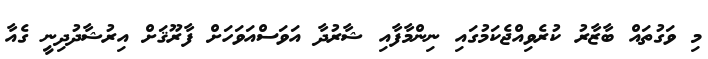
މި ވަގުތައް ބާޒާރު ކުރެވިއްޖެކަމުގައި ނިންމާފާއި ޝާރުދާ އަވަސްއަވަހަށް ފާރޫޤަށް އިރުޝާދުދިނީ ގެއާ